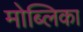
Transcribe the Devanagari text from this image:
मोब्लिका